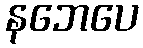
နဘေပေ